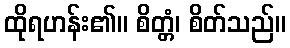
ထိုရဟန်း၏။ စိတ္တံ၊ စိတ်သည်။